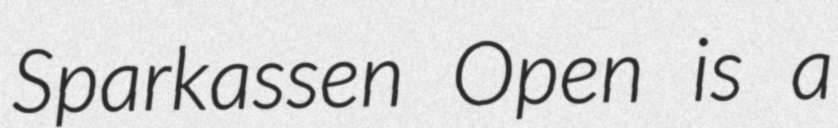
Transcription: Sparkassen Open is a